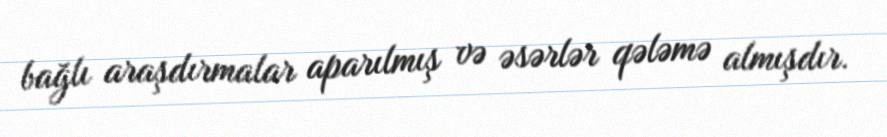
bağlı araşdırmalar aparılmış və əsərlər qələmə almışdır.